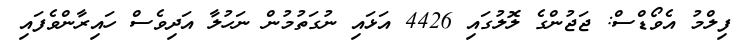
ފިލްމު އެވޯޑްސް: ޖަޖުންގެ ލޮލުގައި 4426 އަޅައި ނުގަތުމުން ނަހުލާ އަދިވެސް ހައިރާންވެފައި